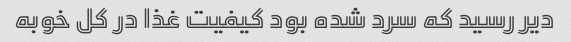
دیر رسید که سرد شده بود کیفیت غذا در کل خوبه